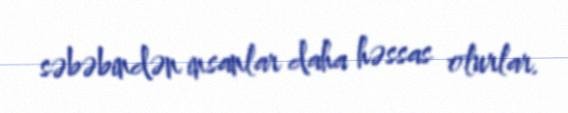
səbəbindən insanlar daha həssas olurlar.